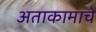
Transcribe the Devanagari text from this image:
अताकामाचे